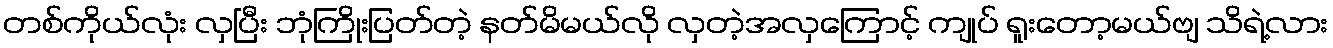
တစ်ကိုယ်လုံး လှပြီး ဘုံကြိုးပြတ်တဲ့ နတ်မိမယ်လို လှတဲ့အလှကြောင့် ကျုပ် ရူးတော့မယ်ဗျ သိရဲ့လား